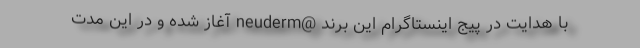
با هدایت در پیج اینستاگرام این برند @neuderm آغاز شده و در این مدت